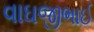
વાઘજીભાઈ